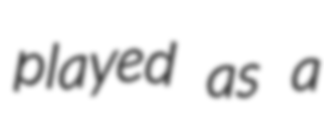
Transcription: played as a